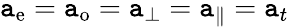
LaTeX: \mathtt{a}_{\mathrm{{e}}}=\mathtt{a}_{\mathrm{{o}}}=\mathtt{a}_{\perp}=\mathtt{a}_{\parallel}=\mathtt{a}_{t}